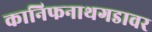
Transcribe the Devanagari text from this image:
कानिफनाथगडावर